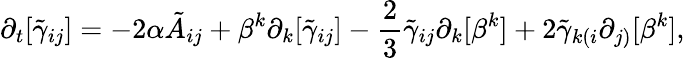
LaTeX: \partial_{t}[\tilde{\gamma}_{ij}]=-2\alpha\tilde{A}_{ij}+\beta^{k}\partial_{k}[\tilde{\gamma}_{ij}]-\frac{2}{3}\tilde{\gamma}_{ij}\partial_{k}[\beta^{k}]+2\tilde{\gamma}_{k(i}\partial_{j)}[\beta^{k}],